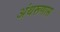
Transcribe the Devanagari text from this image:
अंथरूणास